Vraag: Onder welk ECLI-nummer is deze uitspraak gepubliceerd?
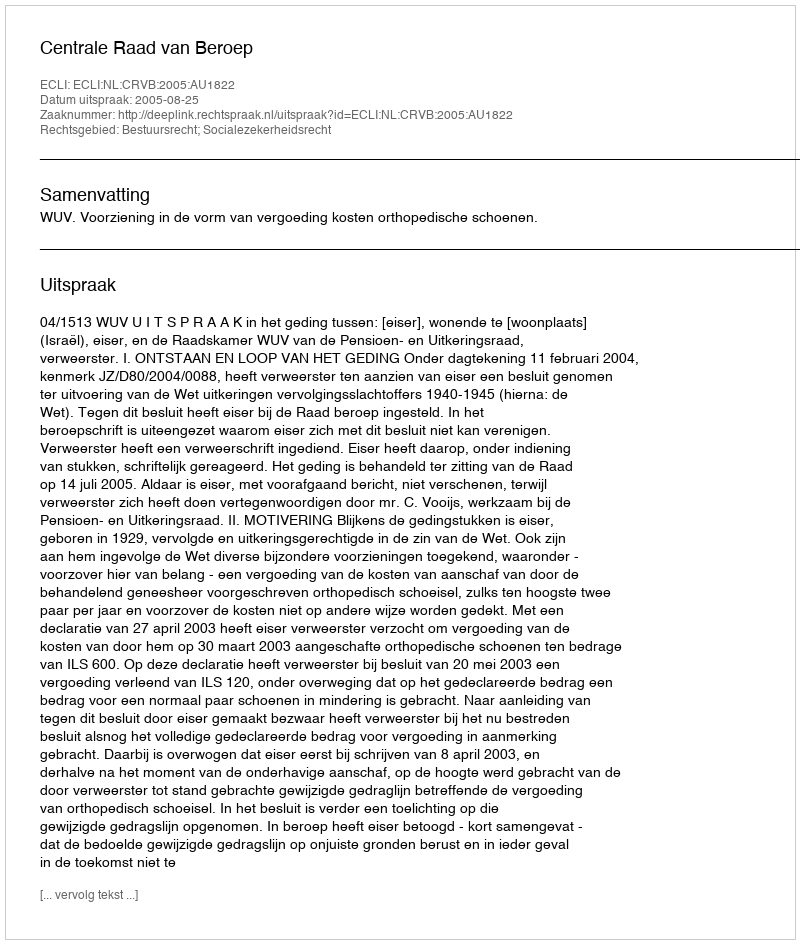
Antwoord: ECLI:NL:CRVB:2005:AU1822